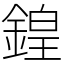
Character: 鍠